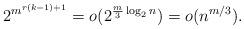
LaTeX: \begin{align*} 2^{m^{r(k-1)+1}} = o(2^{\frac{m}3\log_2n}) =o(n^{m/3}).\end{align*}